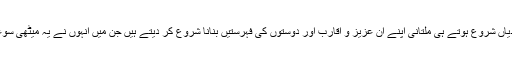
یہی وجہ ہے کہ سردیاں شروع ہوتے ہی ملتانی اپنے ان عزیز و اقارب اور دوستوں کی فہرستیں بنانا شروع کر دیتے ہیں جن میں انہوں نے یہ میٹھی سوغات بانٹنی ہوتی ہے۔